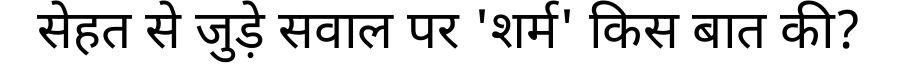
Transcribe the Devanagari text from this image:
सेहत से जुड़े सवाल पर 'शर्म' किस बात की?